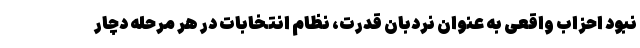
نبود احزاب واقعی به عنوان نردبان قدرت، نظام انتخابات در هر مرحله دچار